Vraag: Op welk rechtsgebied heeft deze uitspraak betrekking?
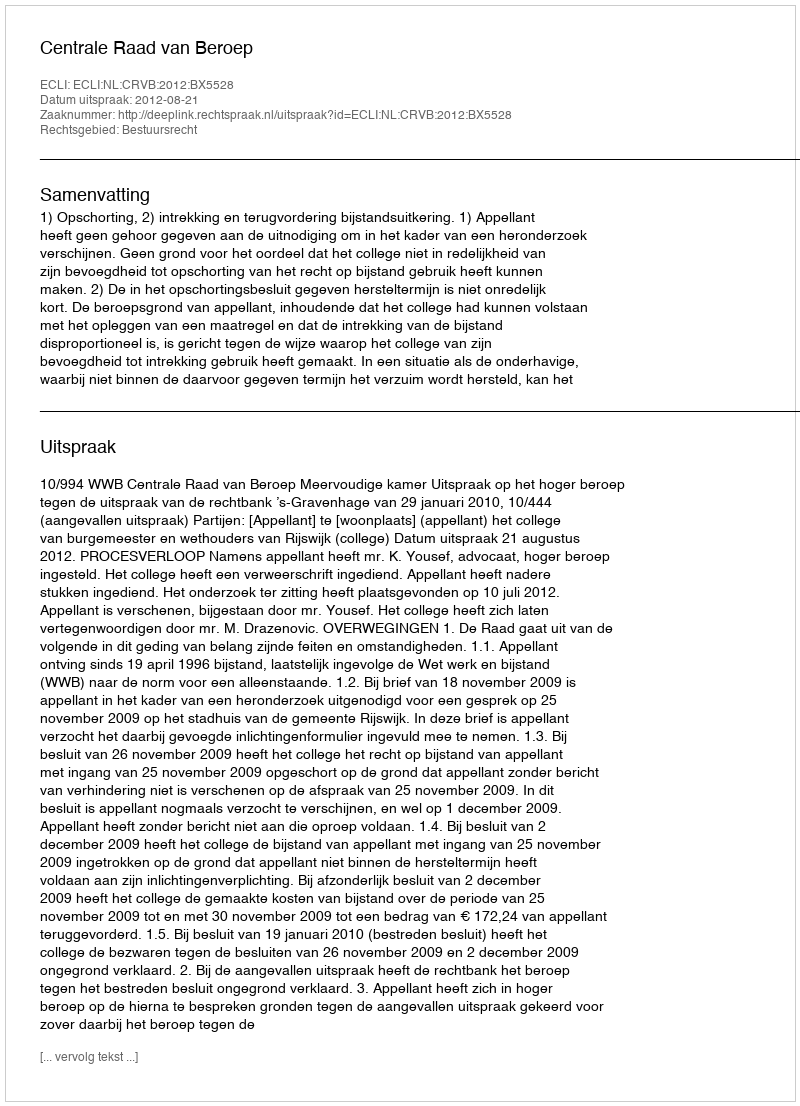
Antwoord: Bestuursrecht